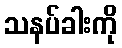
သနပ်ခါးကို